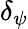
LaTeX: \delta_{\psi}